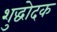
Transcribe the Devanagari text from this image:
शुद्धोदक